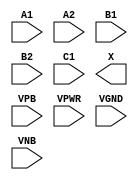
module sky130_fd_sc_ls__a221o (
    //# {{data|Data Signals}}
    input  A1  ,
    input  A2  ,
    input  B1  ,
    input  B2  ,
    input  C1  ,
    output X   ,

    //# {{power|Power}}
    input  VPB ,
    input  VPWR,
    input  VGND,
    input  VNB
);
endmodule